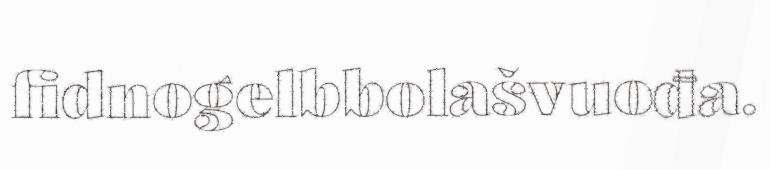
fidnogelbbolašvuođa.